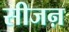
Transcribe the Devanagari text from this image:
सीजऩ